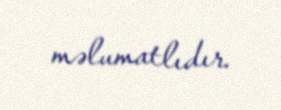
məlumatlıdır.